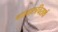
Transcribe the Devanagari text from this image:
नानारुचिरार्थ